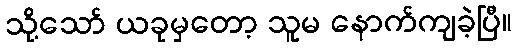
သို့သော် ယခုမှတော့ သူမ နောက်ကျခဲ့ပြီ။